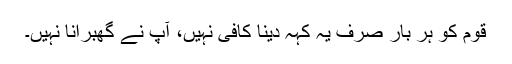
قوم کو ہر بار صرف یہ کہہ دینا کافی نہیں، آپ نے گھبرانا نہیں۔